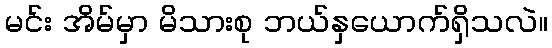
မင်း အိမ်မှာ မိသားစု ဘယ်နှယောက်ရှိသလဲ။